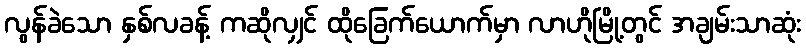
လွန်ခဲသော နှစ်လခန့် ကဆိုလျှင် ထိုခြေက်ယောက်မှာ လာဟိုမြို့တွင် အချမ်းသာဆုံး